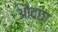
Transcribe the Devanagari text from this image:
ओदछा